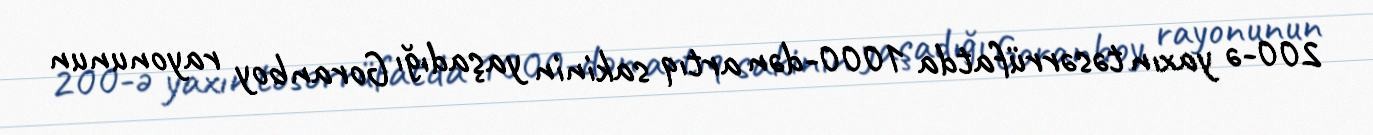
200-ə yaxın təsərrüfatda 1000-dən artıq sakinin yaşadığı Goranboy rayonunun